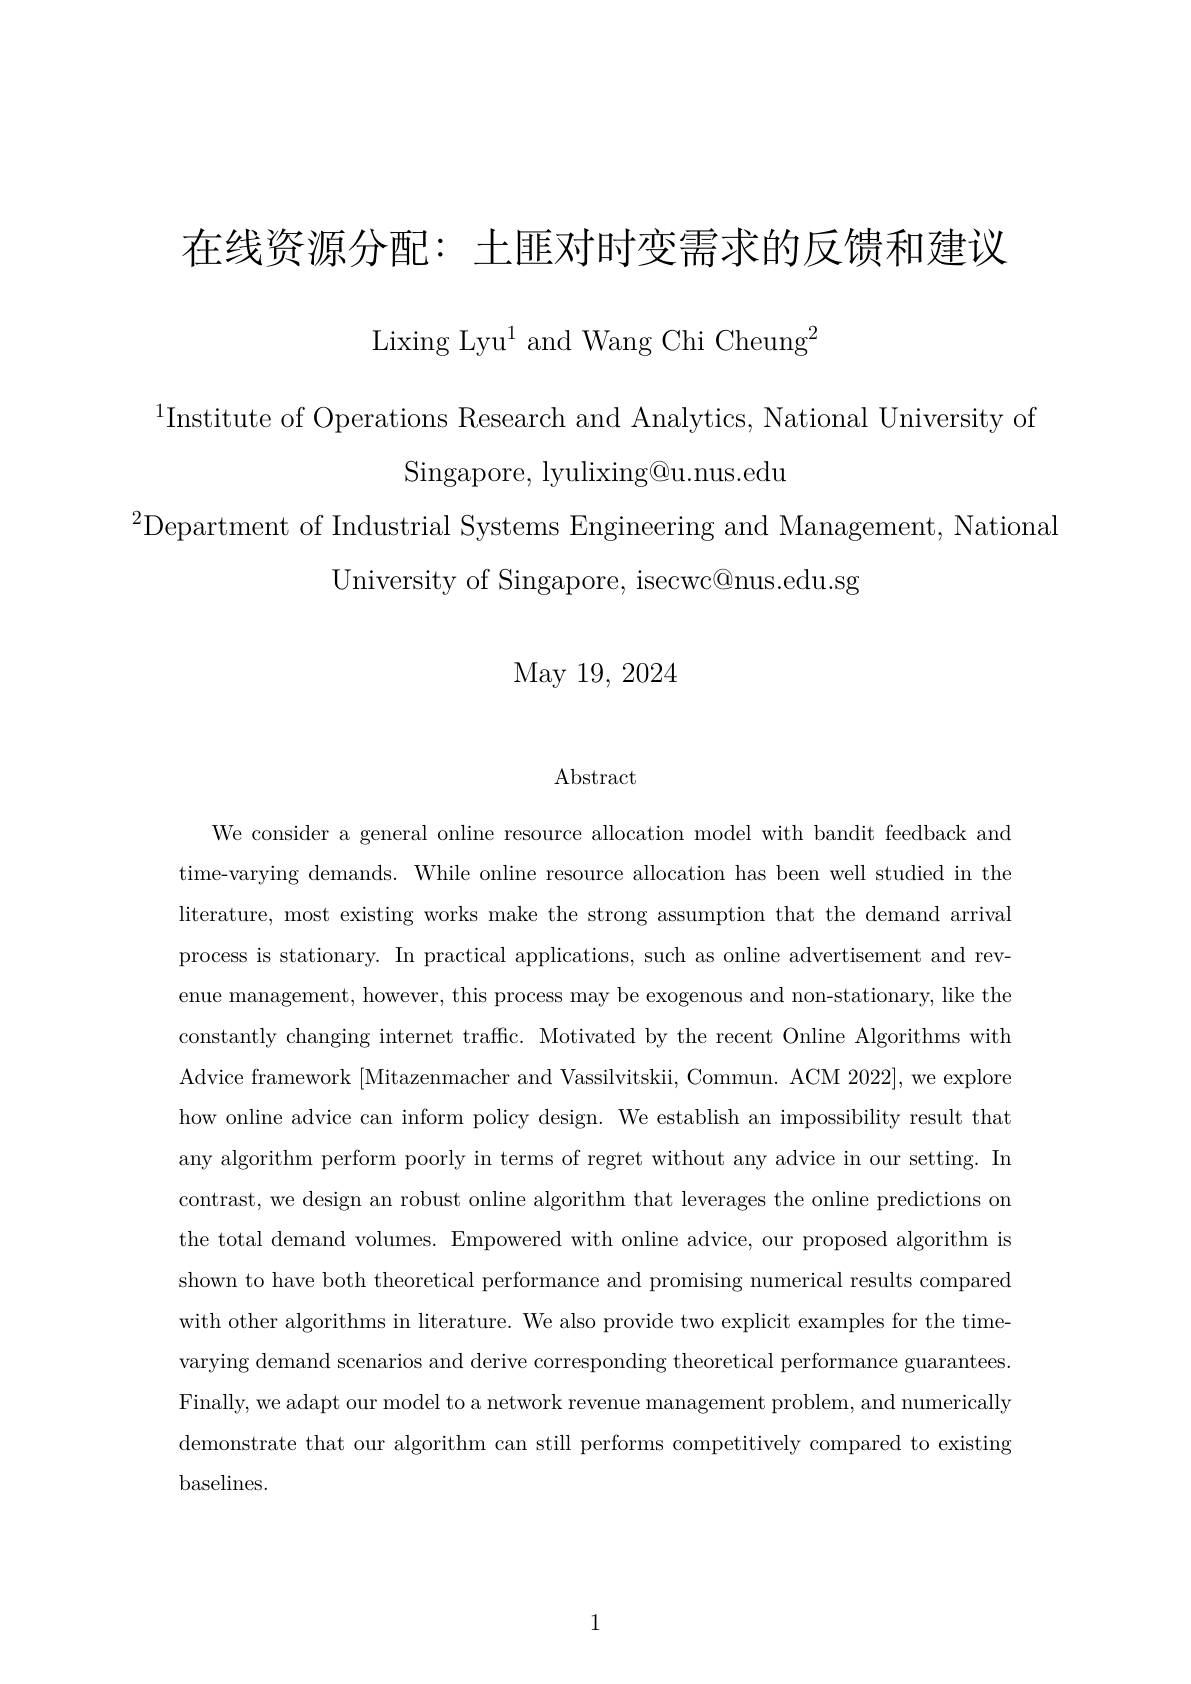
在线资源分配：土匪对时变需求的反馈和建议

Lixing Lyu$^1$ and Wang Chi Cheung$^2$

$^{1}$Institute of Operations Research and Analytics, National University of
Singapore, lyulixing@u.nus.edu

$^{2}$Department of Industrial Systems Engineering and Management, National
University of Singapore, isecwc@nus.edu.sg

May 19, 2024

Abstract

We consider a general online resource allocation model with bandit feedback and time-varying demands. While online resource allocation has been well studied in the literature, most existing works make the strong assumption that the demand arrival process is stationary. In practical applications, such as online advertisement and revenue management, however, this process may be exogenous and non-stationary, like the constantly changing internet traffic. Motivated by the recent Online Algorithms with Advice framework [Mitazenmacher and Vassilvitskii, Commun. ACM 2022], we explore how online advice can inform policy design. We establish an impossibility result that any algorithm perform poorly in terms of regret without any advice in our setting. In contrast, we design an robust online algorithm that leverages the online predictions on the total demand volumes. Empowered with online advice, our proposed algorithm is shown to have both theoretical performance and promising numerical results compared with other algorithms in literature. We also provide two explicit examples for the time varying demand scenarios and derive corresponding theoretical performance guarantees Finally, we adapt our model to a network revenue management problem, and numerically demonstrate that our algorithm can still performs competitively compared to existing baselines.

1